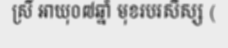
ស្រី អាយុ០៧ឆ្នាំ មុខរបរសិស្ស (